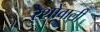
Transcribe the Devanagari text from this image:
रेशोंवाली